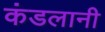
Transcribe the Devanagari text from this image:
कंडलानी